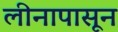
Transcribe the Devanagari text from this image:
लीनापासून